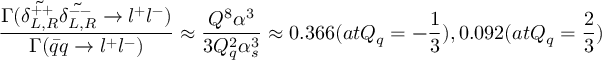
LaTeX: \frac { \Gamma ( \tilde { \delta _ { L , R } ^ { + + } } \tilde { \delta _ { L , R } ^ { -- } } \rightarrow l ^ { + } l ^ { - } ) } { \Gamma ( \bar { q } q \rightarrow l ^ { + } l ^ { - } ) } \approx \frac { Q ^ { 8 } \alpha ^ { 3 } } { 3 Q _ { q } ^ { 2 } \alpha _ { s } ^ { 3 } } \approx 0 . 3 6 6 ( a t Q _ { q } = - \frac { 1 } { 3 } ) , 0 . 0 9 2 ( a t Q _ { q } = \frac { 2 } { 3 } )